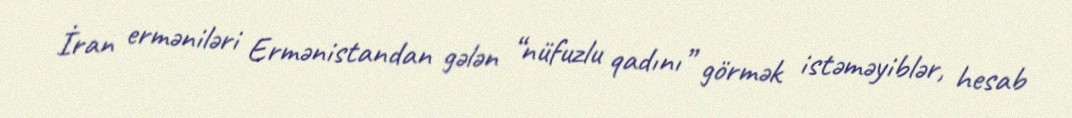
İran erməniləri Ermənistandan gələn “nüfuzlu qadını” görmək istəməyiblər, hesab